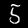
Label: 5